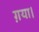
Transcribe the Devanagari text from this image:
ग़या।